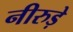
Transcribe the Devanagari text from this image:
नीरुड़े